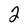
Character: 2